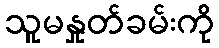
သူမနှုတ်ခမ်းကို